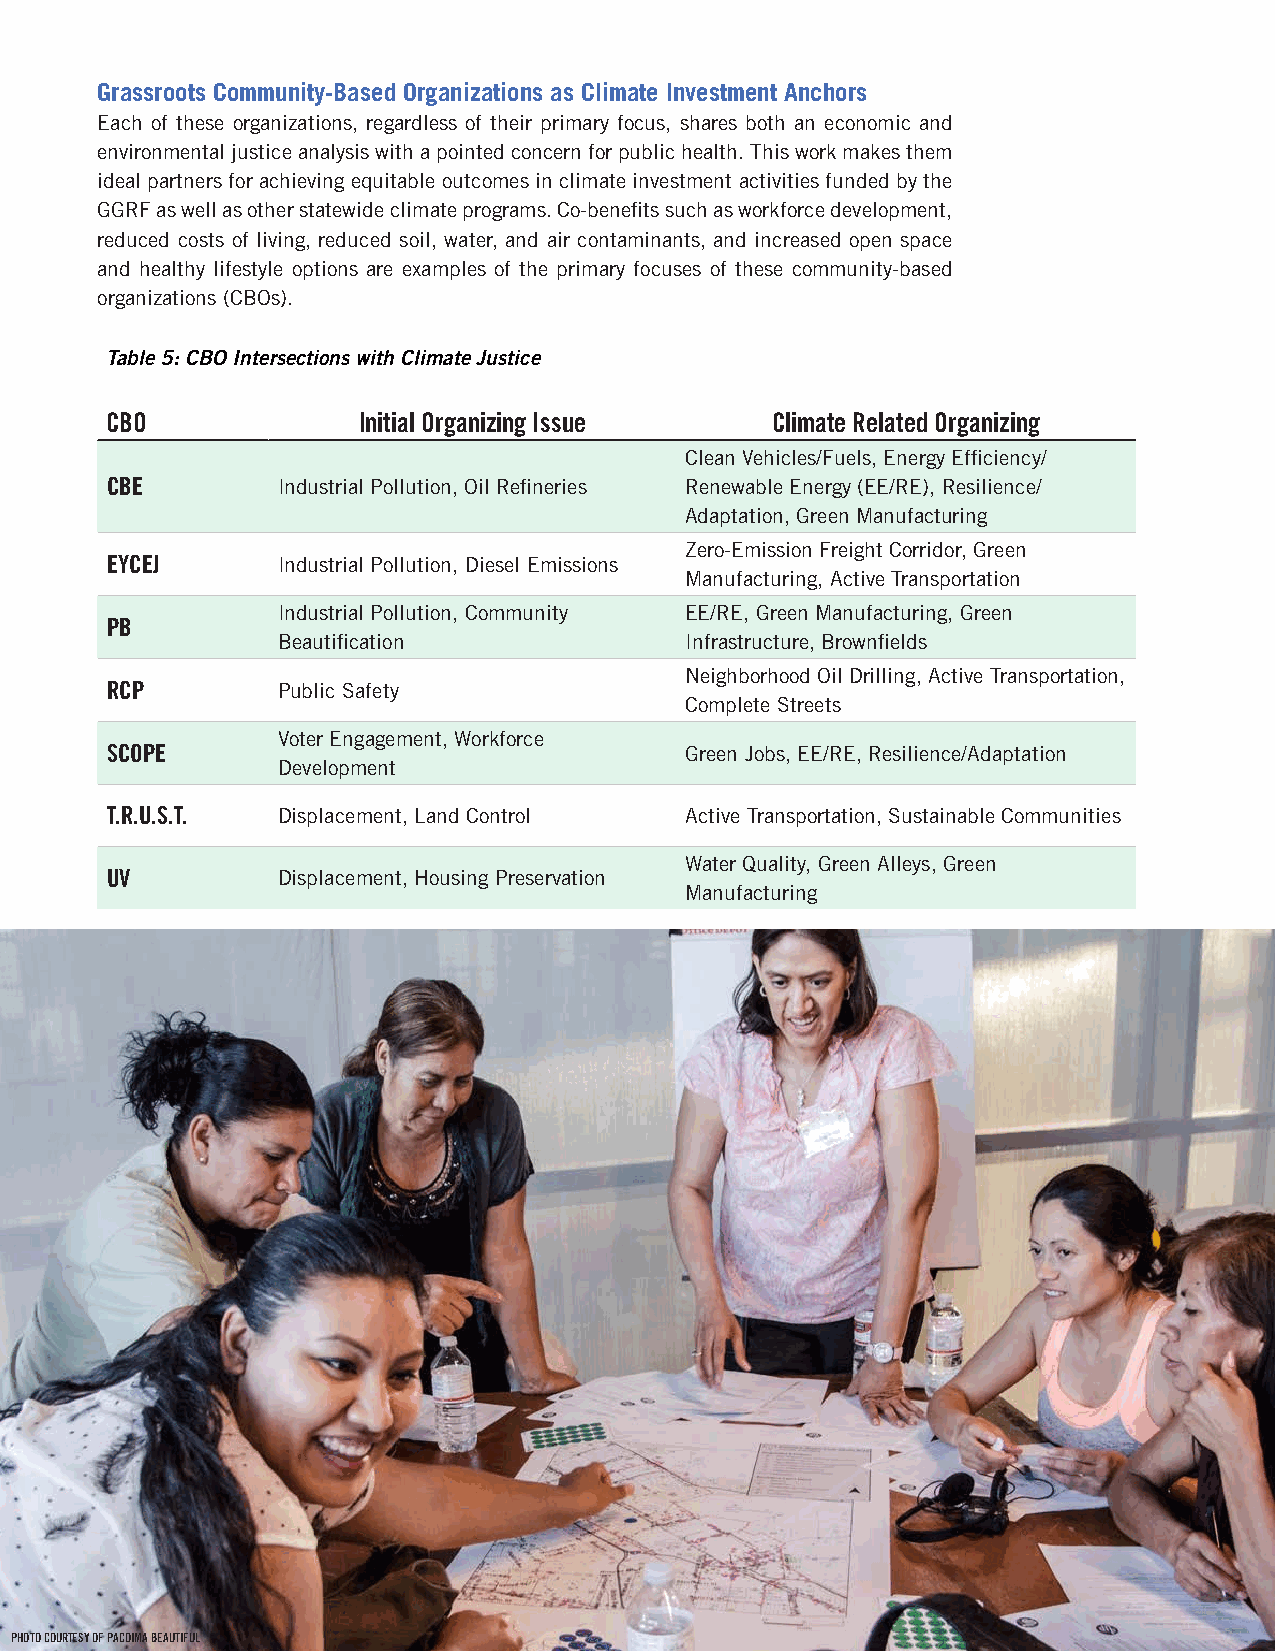
Grassroots Community-Based Organizations as Climate Investment Anchors
 Each of these organizations, regardless of their primary focus, shares both an economic and
 environmental justice analysis with a pointed concern for public health. This work makes them
 ideal partners for achieving equitable outcomes in climate investment activities funded by the
 GGRF as well as other statewide climate programs. Co-benefits such as workforce development,
 reduced costs of living, reduced soil, water, and air contaminants, and increased open space
 and healthy lifestyle options are examples of the primary focuses of these community-based
 organizations (CBOs).
 Table 5: CBO Intersections with Climate Justice
 CBO              Initial Organizing Issue   Climate Related Organizing
 Clean Vehicles/Fuels, Energy Efficiency/
 CBE        Industrial Pollution, Oil Refineries Renewable Energy (EE/RE), Resilience/
 Adaptation, Green Manufacturing
 Zero-Emission Freight Corridor, Green
 EYCEJ      Industrial Pollution, Diesel Emissions
 Manufacturing, Active Transportation
 Industrial Pollution, Community EE/RE, Green Manufacturing, Green
 PB
 Beautification             Infrastructure, Brownfields
 Neighborhood Oil Drilling, Active Transportation,
 RCP        Public Safety
 Complete Streets
 Voter Engagement, Workforce
 SCOPE                                 Green Jobs, EE/RE, Resilience/Adaptation
 Development
 T.R.U.S.T. Displacement, Land Control Active Transportation, Sustainable Communities
 Water Quality, Green Alleys, Green
 UV         Displacement, Housing Preservation
 Manufacturing
 PHOTO COURTESY OF PACOIMA BEAUTIFUL